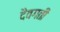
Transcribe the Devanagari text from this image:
दैवगती